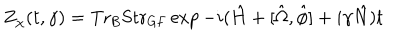
Z _ { \chi } ( t , \gamma ) = \mathrm { T r } _ { \mathrm { B } } \mathrm { S t r } _ { \mathrm { G F } } \exp - i ( \hat { H } + [ \hat { \Omega } , \hat { \phi } ] + i \gamma \hat { N } ) t